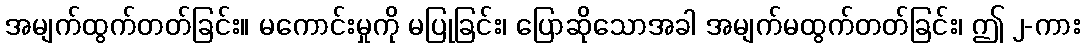
အမျက်ထွက်တတ်ခြင်း။ မကောင်းမှုကို မပြုခြင်း၊ ပြောဆိုသောအခါ အမျက်မထွက်တတ်ခြင်း၊ ဤ ၂-ကား